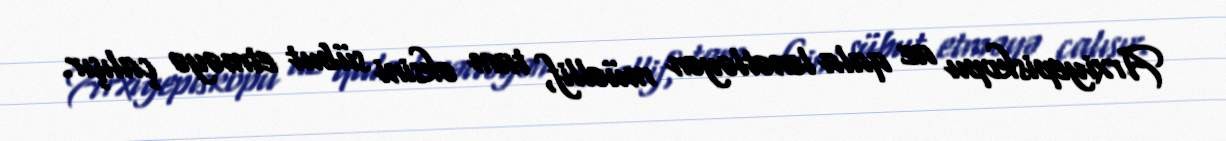
Arxiyepiskopu az qala lənətləyən müəllif, tam əksini sübut etməyə çalışır.